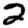
Digit: 2